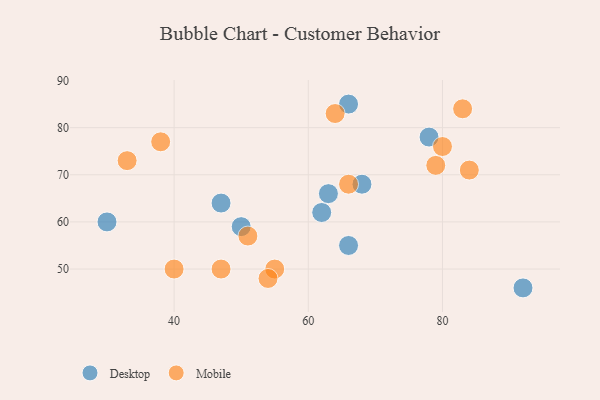
{"axis": {"x": "GDP", "y": "Life Expectancy"}, "legend": ["Desktop", "Mobile"], "data": [{"x": "68", "y": 68, "type": "Desktop"}, {"x": "78", "y": 78, "type": "Desktop"}, {"x": "47", "y": 64, "type": "Desktop"}, {"x": "50", "y": 59, "type": "Desktop"}, {"x": "92", "y": 46, "type": "Desktop"}, {"x": "62", "y": 62, "type": "Desktop"}, {"x": "66", "y": 55, "type": "Desktop"}, {"x": "63", "y": 66, "type": "Desktop"}, {"x": "30", "y": 60, "type": "Desktop"}, {"x": "66", "y": 85, "type": "Desktop"}, {"x": "55", "y": 50, "type": "Mobile"}, {"x": "51", "y": 57, "type": "Mobile"}, {"x": "83", "y": 84, "type": "Mobile"}, {"x": "79", "y": 72, "type": "Mobile"}, {"x": "84", "y": 71, "type": "Mobile"}, {"x": "47", "y": 50, "type": "Mobile"}, {"x": "40", "y": 50, "type": "Mobile"}, {"x": "80", "y": 76, "type": "Mobile"}, {"x": "66", "y": 68, "type": "Mobile"}, {"x": "54", "y": 48, "type": "Mobile"}, {"x": "64", "y": 83, "type": "Mobile"}, {"x": "33", "y": 73, "type": "Mobile"}, {"x": "38", "y": 77, "type": "Mobile"}]}